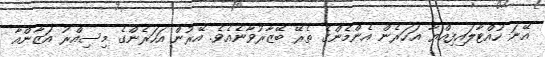
އޭނަ ހުއްޓާލައިފިއްޔާ އަހަރެން އެންމެންގެ ތެރޭ ބޭޒާރުވާނެއެވެ. އޭރުން އަހަރެންގެ މިސިއްރު އަޒާންއާ